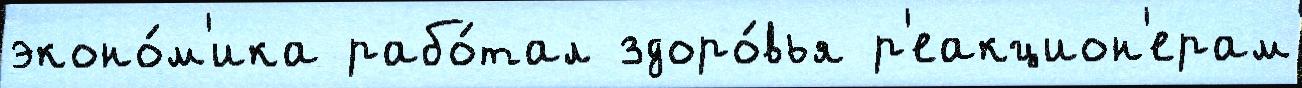
эконо́м'ика рабо́тал здоро́вья р'еакцион'ерам